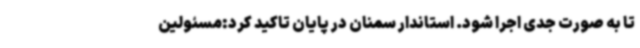
تا به صورت جدی اجرا شود. استاندار سمنان در پایان تاکید کرد:مسئولین